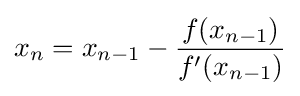
x_{n}=x_{n-1}-{\frac {f(x_{n-1})}{f'(x_{n-1})}}